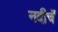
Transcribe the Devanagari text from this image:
नदीचें